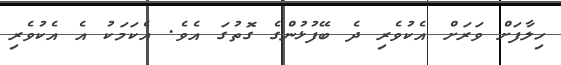
ހިލާފަށް ވަރަށް އެކުވެރި ދެ ބޭފުޅުންގެ ގޮތުގަ އެވެ. އެކަމަކު އެ އެކުވެރި